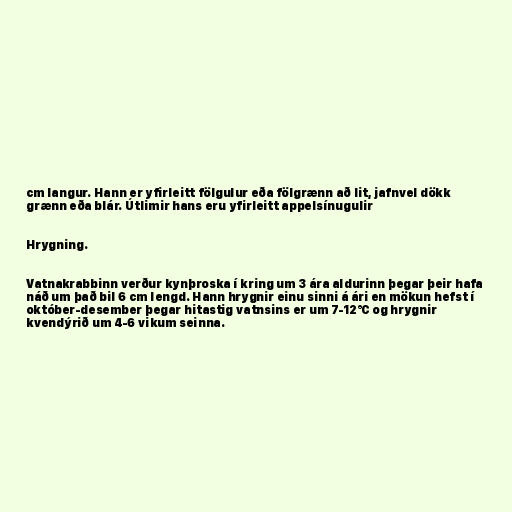
cm langur. Hann er yfirleitt fölgulur eða fölgrænn að lit, jafnvel dökk
grænn eða blár. Útlimir hans eru yfirleitt appelsínugulir

Hrygning.

Vatnakrabbinn verður kynþroska í kring um 3 ára aldurinn þegar þeir hafa
náð um það bil 6 cm lengd. Hann hrygnir einu sinni á ári en mökun hefst í
október-desember þegar hitastig vatnsins er um 7-12°C og hrygnir
kvendýrið um 4-6 vikum seinna.